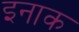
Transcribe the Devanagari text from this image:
इनाक